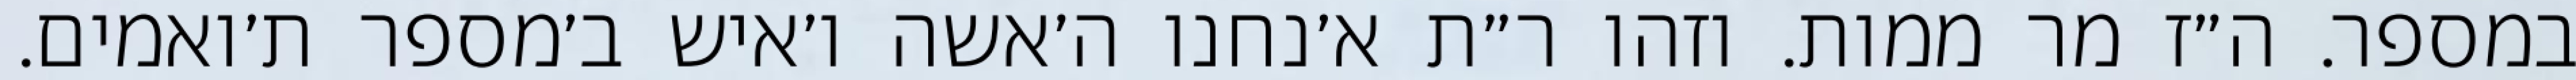
במספר. ה״ז מר ממות. וזהו ר״ת א׳נחנו ה׳אשה ו׳איש ב׳מספר ת׳ואמים.